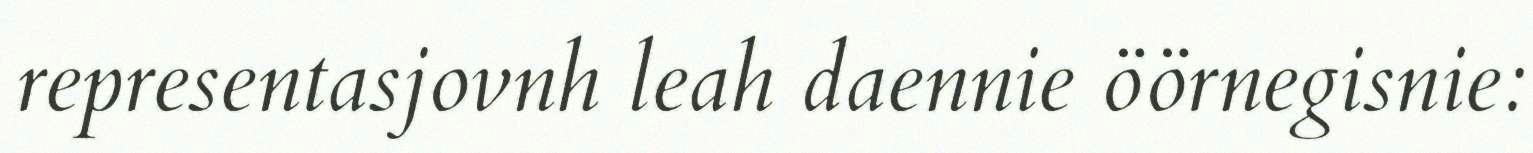
representasjovnh leah daennie öörnegisnie: